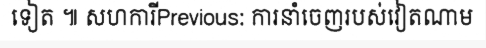
ទៀត ៕ សហការីPrevious: ការនាំចេញរបស់វៀតណាម